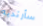
سأرتديه